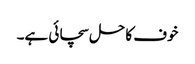
خوف کا حل سچائی ہے۔